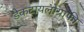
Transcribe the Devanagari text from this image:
डेकटायलोग्राफी